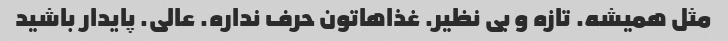
مثل همیشه. تازه و بی نظیر. غذاهاتون حرف نداره. عالی. پایدار باشید